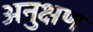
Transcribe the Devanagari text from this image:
अनुक्षण